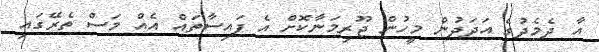
އާ ދެމެދުގެ އަދަދުން މީހުން ޖޫރިމަނާކޮށް އެ ފައިސާތައް އެއް މަސް ތެރޭގައި